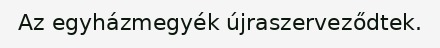
Az egyházmegyék újraszerveződtek.